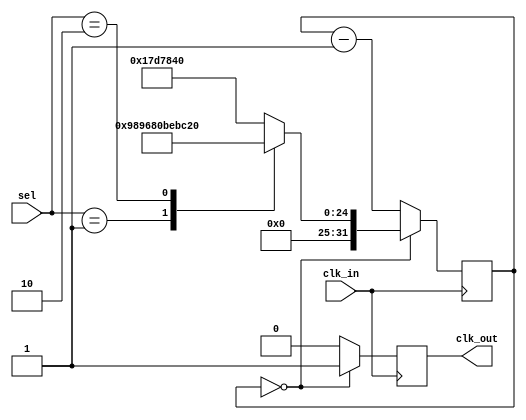
module my_pll(clk_in, sel, clk_out);

input clk_in;
input [1:0]sel;
output clk_out;
reg clk_out;
reg [31:0] counter_max;
reg [31:0] counter;

initial begin
	clk_out=1'b0;
	counter=25000000;
end

always@(sel) begin
	case(sel)
		1: counter_max=5000000;
		2: counter_max=12500000;
		3: counter_max=25000000;
		default: counter_max=25000000;
	endcase
end

always@(posedge clk_in) begin
	if(counter==0) begin
		counter=counter_max;
		clk_out=1'b1;
	end else begin
		clk_out=1'b0;
		counter=counter-1;
	end
	
end

endmodule